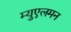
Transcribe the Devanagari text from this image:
म्युएलमन